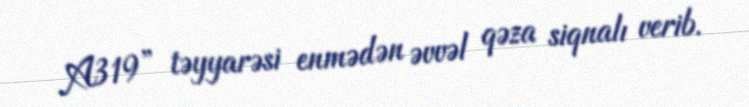
A319” təyyarəsi enmədən əvvəl qəza siqnalı verib.